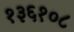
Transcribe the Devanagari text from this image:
१३६१०८